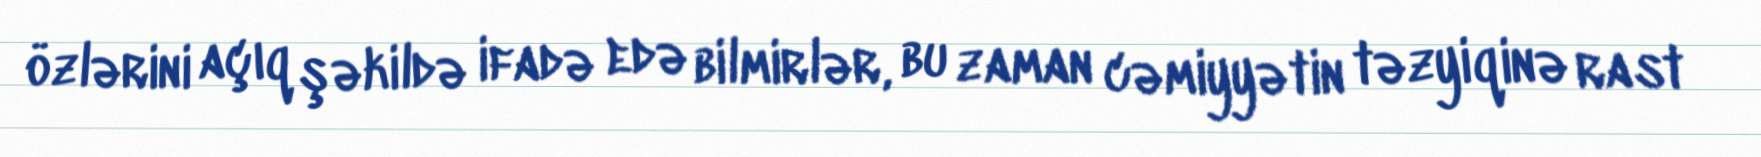
özlərini açıq şəkildə ifadə edə bilmirlər, bu zaman cəmiyyətin təzyiqinə rast